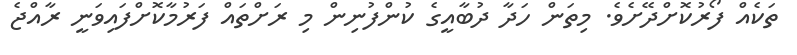
ތަކެއް ފޯރުކޮށްދޭށެވެ. މިތަން ހަދާ ދުބާއީގެ ކުންފުނިން މި ރަށްތައް ފަރުމާކޮށްފައިވަނީ ރާއްޖެ